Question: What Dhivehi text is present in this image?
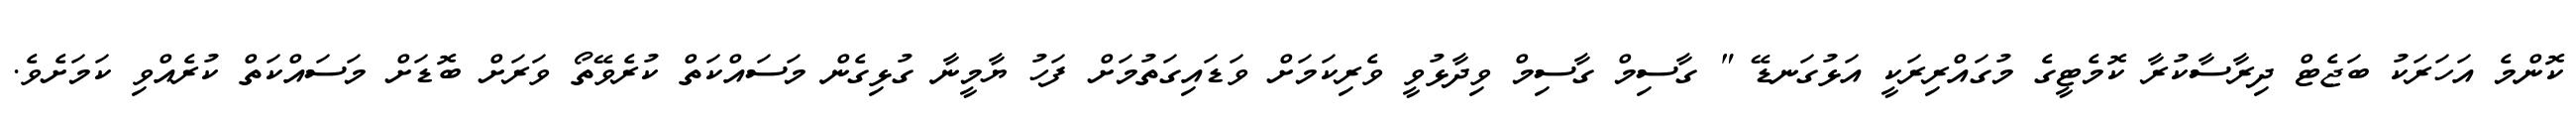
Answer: ކޮންމެ އަހަރަކު ބަޖެޓް ދިރާސާކުރާ ކޮމެޓީގެ މުގައްރިރަކީ އަޅުގަނޑޭ " ގާސިމް ގާސިމް ވިދާޅުވީ ވެރިކަމަށް ވަޑައިގަތުމަށް ފަހު ޔާމީނާ ގުޅިގެން މަސައްކަތް ކުރެވޭތޯ ވަރަށް ބޮޑަށް މަސައްކަތް ކުރެއްވި ކަމަށެވެ.